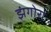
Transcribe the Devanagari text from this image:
झंगोरा